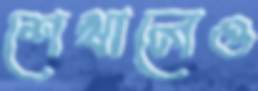
শেখালেও